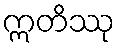
ဣတိဿု